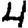
Digit: 4